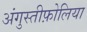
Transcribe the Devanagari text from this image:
अंगुस्तीफ़ोलिया